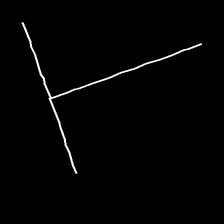
Glyph: column